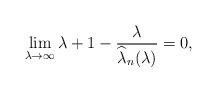
LaTeX: \begin{align*} \lim_{\lambda\to\infty} \lambda+1-\frac{\lambda}{\widehat{\lambda}_{n}(\lambda)}=0,\end{align*}